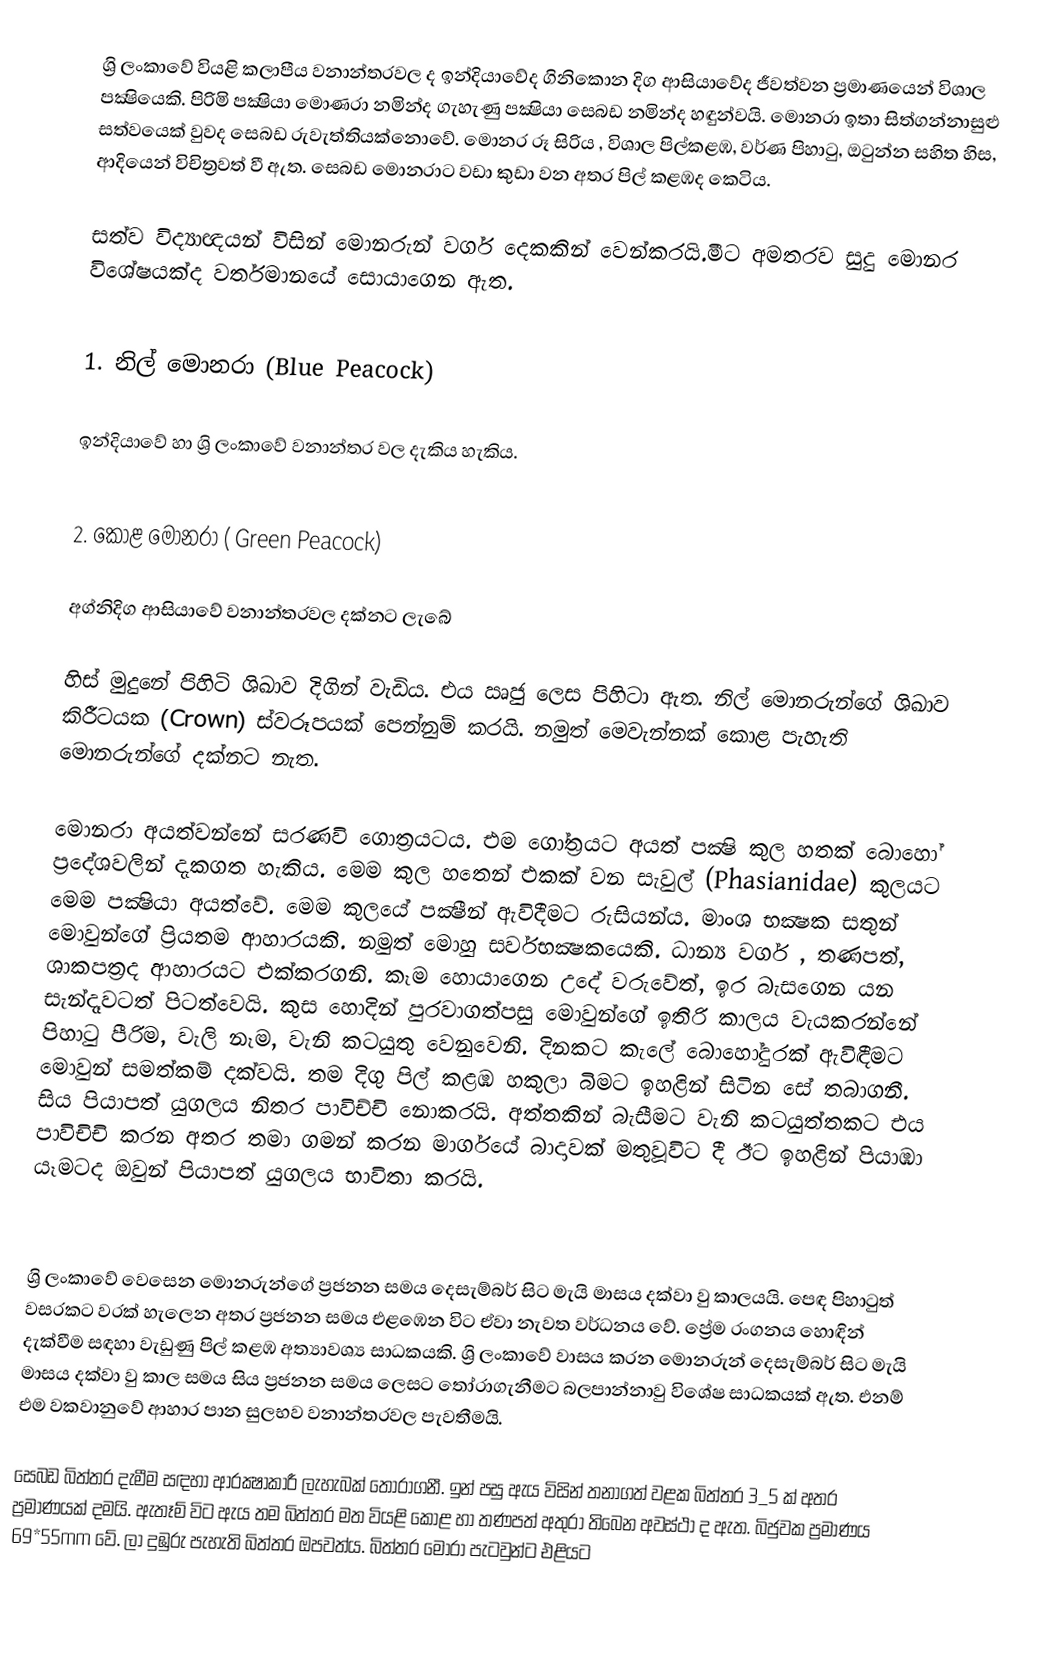
ශ්‍රි ලංකාවේ වියළි කලාපීය වනාන්තරවල ද ඉන්දියාවේද ගිනිකොන දිග ආසියාවේද ජීවත්වන ප්‍රමාණයෙන් විශාල පක්‍ෂියෙකි. පිරිමි පක්‍ෂියා මොණරා නමින්ද ගැහැණු පක්‍ෂියා සෙබඩ නමින්ද හඳුන්වයි. මොනරා ඉතා සිත්ගන්නාසුළු සත්වයෙක් වුවද සෙබඩ රුවැත්තියක්නොවේ. මොනර රූ සිරිය , විශාල පිල්කළඹ, වර්ණ පිහාටු, ඔටුන්න සහිත හිස,  ආදියෙන් විචිත්‍රවත් වී ඇත. සෙබඩ ‍මොනරාට වඩා කුඩා වන අතර පිල් කළඹද කෙටිය.

සත්ව විද්‍යාඥයන් විසින් මොනරුන් වර්ග දෙකකින් වෙන්කරයි.මීට අමතරව සුදු මොනර වි‍ශේෂයක්ද වර්තමානයේ සොයාගෙන ඇත.

1. නිල් මොනරා (Blue Peacock)

ඉන්දියාවේ හා ශ්‍රි ලංකාවේ වනාන්තර වල දැකිය හැකිය.

2. කොළ මොනරා  ( Green Peacock)

අග්නිදිග ආසියාවේ වනාන්තරවල දක්නට ලැබේ

හිස් මුදුනේ පිහිටි ශිඛාව දිගින් වැඩිය. එය ඍජු ලෙස පිහිටා ඇත. නිල් මොනරුන්ගේ ශිඛාව කිරීටයක (Crown) ස්වරූපයක් පෙන්නුම් කරයි. නමුත් මෙවැන්නක් කොළ පැහැති මොනරුන්ගේ දක්නට නැත.

මොනරා අයත්වන්නේ  සරණවි  ගොත්‍රයටය. එම ගෝත්‍රයට අයත් ප‍ක්‍ෂි කුල හතක් බොහෝ ප්‍රදේශවලින් දැකගත හැකිය. ‍මෙම කුල හතෙන් එකක් වන සැවුල් (Phasianidae)  කුලයට මෙම පක්‍ෂියා අයත්වේ.  මෙම කුලයේ පක්‍ෂීන් ඇවිදීමට රුසියන්ය. මාංශ භක්‍ෂක සතුන් ‍මොවුන්ගේ ප්‍රියතම ආහාරයකි. නමුත් මොහු සර්වභක්‍ෂක‍යෙකි. ධාන්‍ය වර්ග , තණපත්, ශාකපත්‍රද ආහාරයට එක්කරගනි. කෑම හොයාගෙන උදේ වරුවේත්, ඉර බැසගෙන යන සැන්දෑවටත් පිටත්වෙයි. කුස හොදින් පුරවාගත්පසු මොවුන්ගේ ඉතිරි කාලය වැයකරන්නේ පිහාටු පීරිම, වැලි නෑම, වැනි කටයුතු වෙනුවෙනි. දිනකට කැලේ බොහෝදුරක් ඇවිඳීමට මොවුන් සමත්කම් දක්වයි. තම දිගු පිල් කළඹ හකුලා බිමට ඉහළින් සිටින සේ තබාගනී. සිය පියාපත් යුගලය නිතර පාවිච්චි නොකරයි. අත්තකින් බැසීමට වැනි කටයුත්තකට එය පාවිචිචි කරන අතර තමා ගමන් කරන මාර්ගයේ බාදාවක් මතුවූවිට දී ඊට ඉහළින් පියාඹා යෑමටද ඔවුන් පියාපත් යුගලය භාවිතා කරයි.

ශ්‍රි ලංකාවේ වෙසෙන මොනරුන්ගේ ප්‍රජනන සමය දෙසැම්බර් සිට මැයි මාසය දක්වා වු කාලයයි. පෙඳ පිහාටුත් වසරකට වරක් හැලෙන අතර ප්‍රජනන සමය එළඹෙන විට ඒවා නැවත වර්ධනය වේ. ප්‍රේම රංගනය හොඳින් දැක්වීම සඳහා වැඩුණු පිල් කළඹ අත්‍යාවශ්‍ය සාධකයකි. ශ්‍රි ලංකාවේ වාසය කරන මොනරුන් දෙසැම්බර් සිට මැයි මාසය දක්වා වු කාල සමය සිය ප්‍රජනන සමය ලෙසට තෝරාගැනීමට බලපාන්නාවු විශේෂ සාධකයක් ඇත. එනම් එම වකවානුවේ ආහාර පාන සුලභව වනාන්තරවල පැවතීමයි.

සෙබඩ බිත්තර දැමීම සඳහා ආරක්‍ෂාකාරී ලැහැබක් තෝරාගනී. ඉන් පසු ඇය විසින් තනාගත් වළක බිත්තර 3_5 ක් අතර ප්‍රමාණයක් දමයි. ඇතෑම් විට ඇය තම බිත්තර මත වියළි කොළ හා තණපත් අතුරා තිබෙන අවස්ථා ද ඇත. බිජුවක ප්‍රමාණය 69*55mm වේ. ලා දුඹුරු පැහැති බිත්තර ඔපවත්ය. බිත්තර මෝරා පැටවුන්ට එළියට